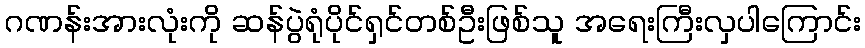
ဂဏန်းအားလုံးကို ဆန်ပွဲရုံပိုင်ရှင်တစ်ဦးဖြစ်သူ အရေးကြီးလှပါကြောင်း